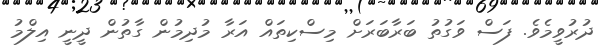
ދުރުވީމެވެ. ފަސް ވަގުތު ބަރާބަރަށް މިސްކިތައް އަރާ މުދިމުން ގާތުން ދީނީ އިލްމު